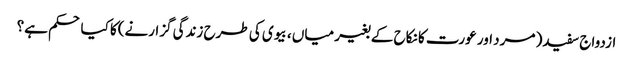
ازدواج سفید( مرد اور عورت کا نکاح کے بغیر میاں ، بیوی کی طرح زندگی گزارنے)کا کیا حکم ہے؟